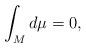
LaTeX: \begin{align*} \int_{M} d \mu =0, \end{align*}